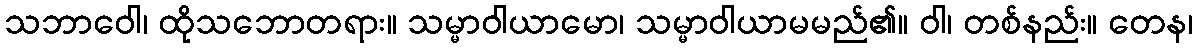
သဘာဝေါ၊ ထိုသဘောတရား။ သမ္မာဝါယာမော၊ သမ္မာဝါယာမမည်၏။ ဝါ၊ တစ်နည်း။ တေန၊